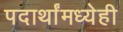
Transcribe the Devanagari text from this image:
पदार्थांमध्येही